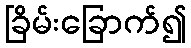
ခြိမ်းခြောက်၍